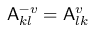
\mathsf { A } _ { k l } ^ { - v } = \mathsf { A } _ { l k } ^ { v }